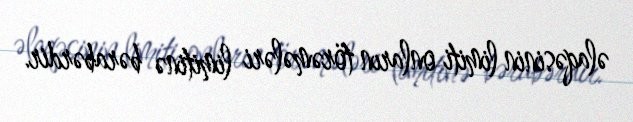
əlaqəsinin limiti onların törəmələri limitinə bərabərdir.